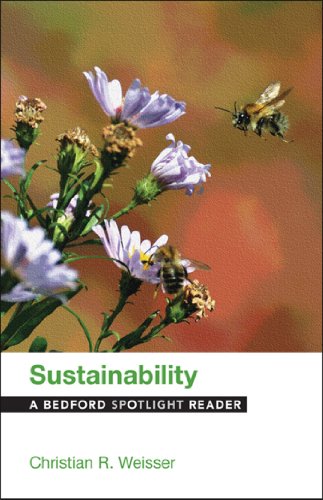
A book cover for Sustainability: A Bedford Spotlight Reader; Christian R. Weisser; Politics & Social Sciences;